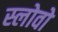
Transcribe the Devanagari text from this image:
स्लोवो